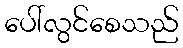
ပေါ်လွင်စေသည်